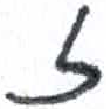
אות: ז